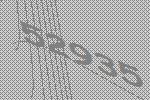
52935